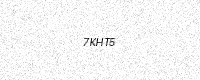
Text: 7KHT5